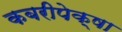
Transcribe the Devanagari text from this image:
कबरीपेक्षा